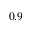
0 . 9